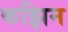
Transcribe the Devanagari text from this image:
कझिन